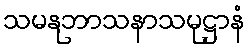
သမနုဘာသနာသမုဋ္ဌာနံ